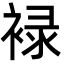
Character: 䘵